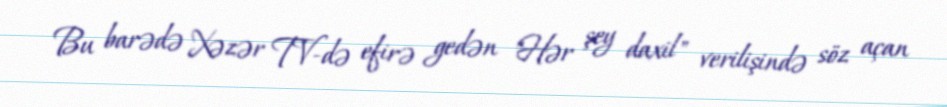
Bu barədə Xəzər TV-də efirə gedən "Hər şey daxil" verilişində söz açan